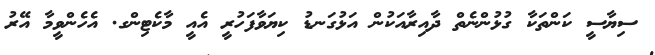
ސިޔާސީ ކަންތަކާ ގުޅުންނެތް ދާއިރާއަކުން އަޅުގަނޑު ކިޔަވާފަހުރީ އެއީ މާކެޓިންގ. އެހެންވީމާ އޭރު